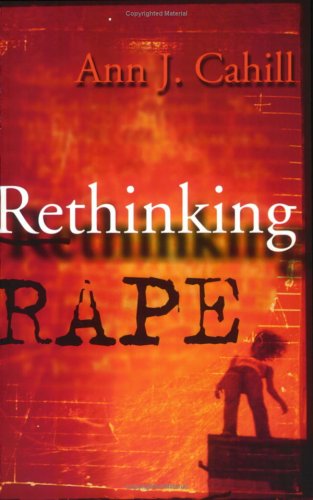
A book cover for Rethinking Rape; Ann J. Cahill; Gay & Lesbian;